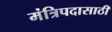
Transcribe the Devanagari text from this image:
मंत्रिपदासाठी